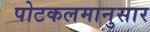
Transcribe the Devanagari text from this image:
पोटकलमानुसार